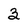
Character: 3